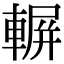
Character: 𨍍